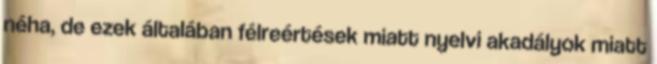
néha, de ezek általában félreértések miatt nyelvi akadályok miatt